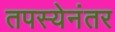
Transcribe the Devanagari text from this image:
तपस्येनंतर